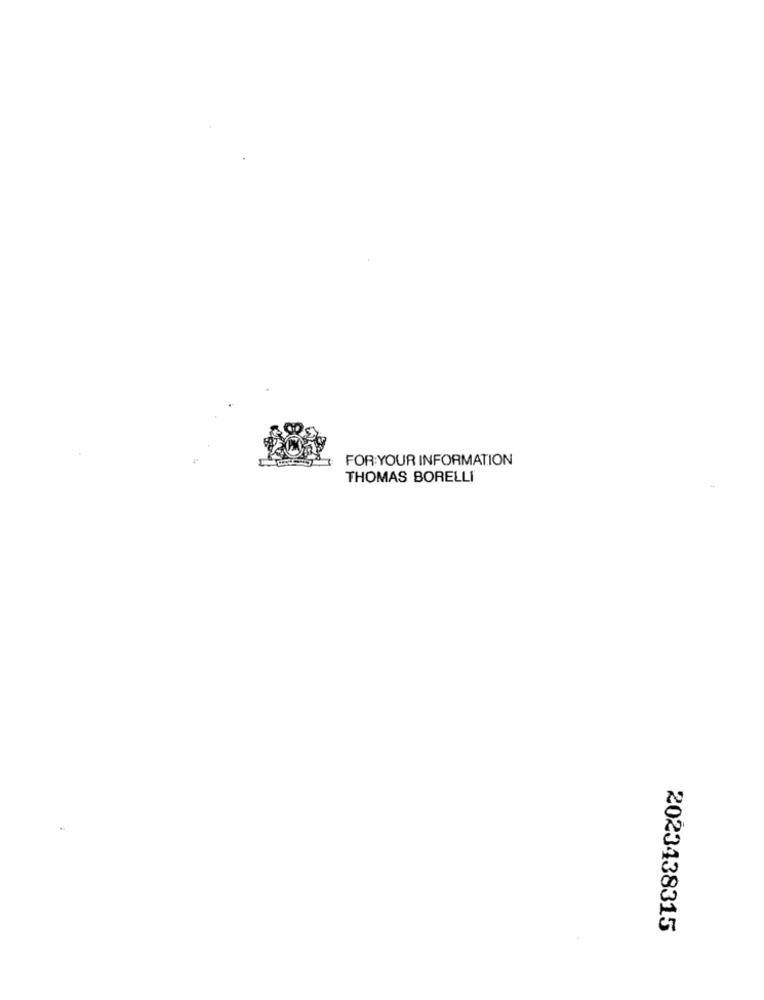
FOR YOUR INFORMATION
THOMAS BORELLI
2023438315